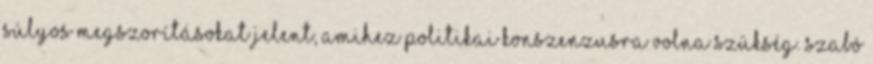
súlyos megszorításokat jelent, amihez politikai konszenzusra volna szükség. Szabó